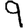
Digit: 9